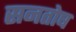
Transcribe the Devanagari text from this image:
सनतोष